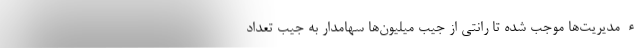
ءمدیریت‌ها موجب شده تا رانتی از جیب میلیون‌ها سهامدار به جیب تعداد